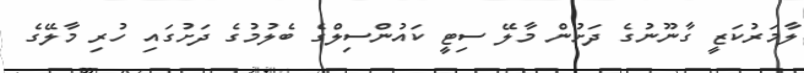
ލާމަރުކަޒީ ގާނޫނުގެ ދަށުން މާލޭ ސިޓީ ކައުންސިލްގެ ބެލުމުގެ ދަށުގައި ހުރި މާލޭގެ